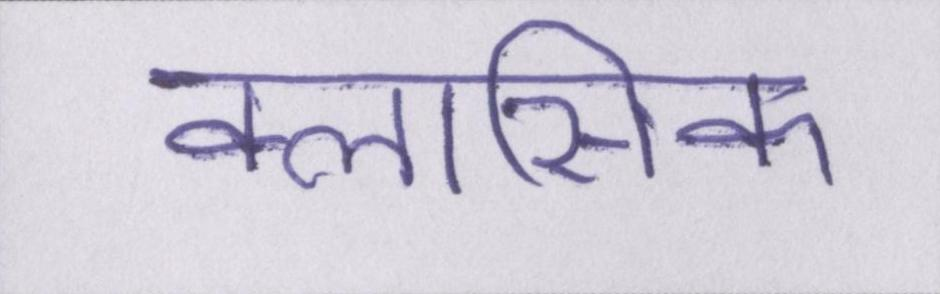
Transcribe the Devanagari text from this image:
क्लासिक